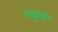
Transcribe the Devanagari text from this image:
पाडूचे